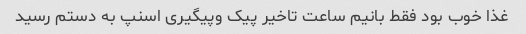
غذا خوب بود فقط بانیم ساعت تاخیر پیک وپیگیری اسنپ به دستم رسید